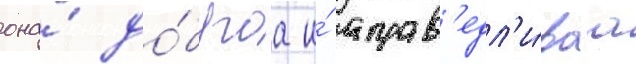
она́ до́браа и́ справ'едл'и́ваа